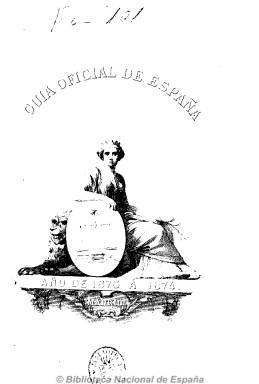
Título: Guía oficial de España
Colección: Guías y directorios
Ámbito geográfico: Madrid
Lugar de publicación: Madrid
Fechas: 01/01/1873-31/12/1935

Subtitulado “anuario histórico, estadístico, administrativo”, este directorio oficial da cuenta de la organización política y administrativa del país, siendo continuadora de la Guía de forasteros en Madrid (1838-1872), que a su vez lo era del Kalendario manual…, que había empezado a publicarse en 1722. La primera edición con este título es bianual, correspondiendo a los años 1873-1874. Con las mismas características que su antecesora, cada edición supera generalmente el millar de páginas, y al final de cada una incluye un índice de materias, así como otro alfabético de los nombres que ocupan los diferentes cargos o títulos de las diversas instituciones, que llega a superar los dos centenares de páginas.

Comienza con el calendario y otros datos, como pueden ser las ferias y mercados, incluye también reseñas históricas de los organismos e instituciones, ofrece la relación de las familias reinantes y jefaturas de los estados europeos, dedicando la mayor parte de sus páginas a la estructura organizativa del Estado español (casa real, cámaras legislativas, ministerios, cuerpo diplomático, diputaciones, ayuntamientos, administración de justicia, ejército, marina, etc.), de las instituciones de todo tipo (Banco de España, Casa de la Moneda, academias, museos, bibliotecas, centros de enseñanza, establecimientos, corporaciones, asociaciones, etc.), así como del estado de la nobleza y títulos nobiliarios. Asimismo ofrece datos estadísticos, demográficos, disposiciones vigentes, etc. Suele incluir al comienzo de cada una de ellas las litografías de los reyes de España y en alguna ocasión un mapa del país. En suma, representa una base documental para el conocimiento de la organización de la vida oficial española.

Destaca el estudio que sobre la misma guía, que empieza a publicar a partir de la edición de 1912, realizado por Juan Pérez de Guzmán. Desde 1931 a 1934 no se publicó, editándose la de 1935, con la documentación básica administrativa y política de la II República Española.

Como continuadora de esta guía se considera la publicación Grandezas y títulos del Reino, que a partir de 1956 comienza a editar el Ministerio de Justicia, una vez que se restablece en 1948 la legislación nobiliaria española que había quedado suspendida en 1931.